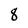
Character: 8